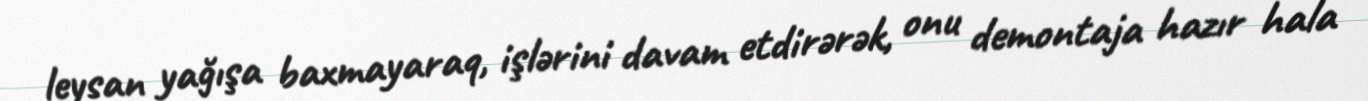
leysan yağışa baxmayaraq, işlərini davam etdirərək, onu demontaja hazır hala